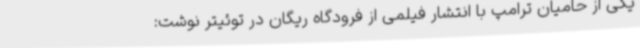
یکی از حامیان ترامپ با انتشار فیلمی از فرودگاه ریگان در توئیتر نوشت: